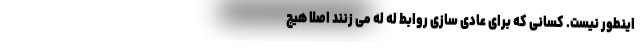
اینطور نیست. کسانی که برای عادی سازی روابط له له می زنند اصلا هیچ